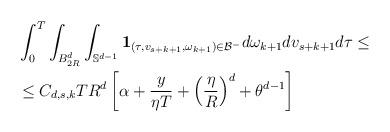
LaTeX: \begin{align*}\begin{aligned}& \int_0^T \int_{B_{2R}^d} \int_{\mathbb{S}^{d-1}}\mathbf{1}_{(\tau,v_{s+k+1},\omega_{k+1}) \in \mathcal{B}^-}d\omega_{k+1} dv_{s+k+1} d\tau \leq \\& \leq C_{d,s,k} T R^d \left[\alpha +\frac{y}{\eta T} + \left(\frac{\eta}{R}\right)^d + \theta^{d-1}\right]\end{aligned}\end{align*}